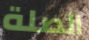
الصلة